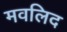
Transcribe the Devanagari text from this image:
मवलिद